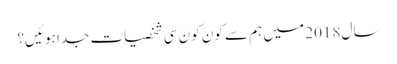
سال 2018 میں ہم سے کون کون سی شخصیات جدا ہوئیں؟